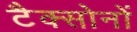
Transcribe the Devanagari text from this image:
टैक्सोनों